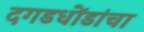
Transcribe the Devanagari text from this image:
दगडधोंडांचा